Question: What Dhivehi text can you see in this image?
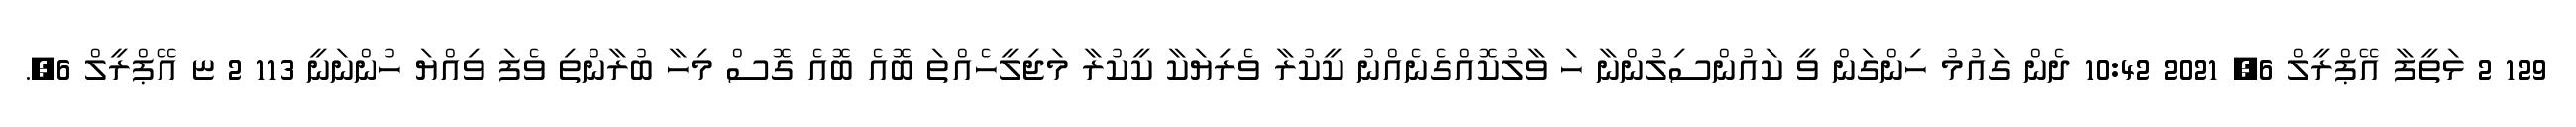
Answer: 129 2 ޅަތީފާ އޭޕްރީލް 6, 2021 10:42 ދެން ގައުމު ހިންގަން ވީ ކައުންސިލުންނާ ހަ ވާލުކޮއްގެނެއްނު ކީކުރާ ވެރިޔަކާ ކީކުރާ މަޖިލީހެއްތަ ބޮއެ ބޮއެ ގޮސް މިހާ ބުރާންތި ވެފަ ވިއްޔަ ހުންނަނީ 113 2 ޏ އޭޕްރީލް 6,.